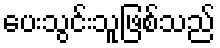
ပေးသွင်းသူဖြစ်သည်